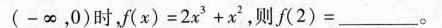
(-∞，0)时，f(x)=2x^{3}+x^{2}，则f(2)=\underline。